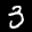
Label: 3